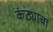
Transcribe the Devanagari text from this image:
कंठ्याचा